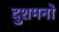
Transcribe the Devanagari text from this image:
दुशमनो